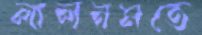
লালনমতে